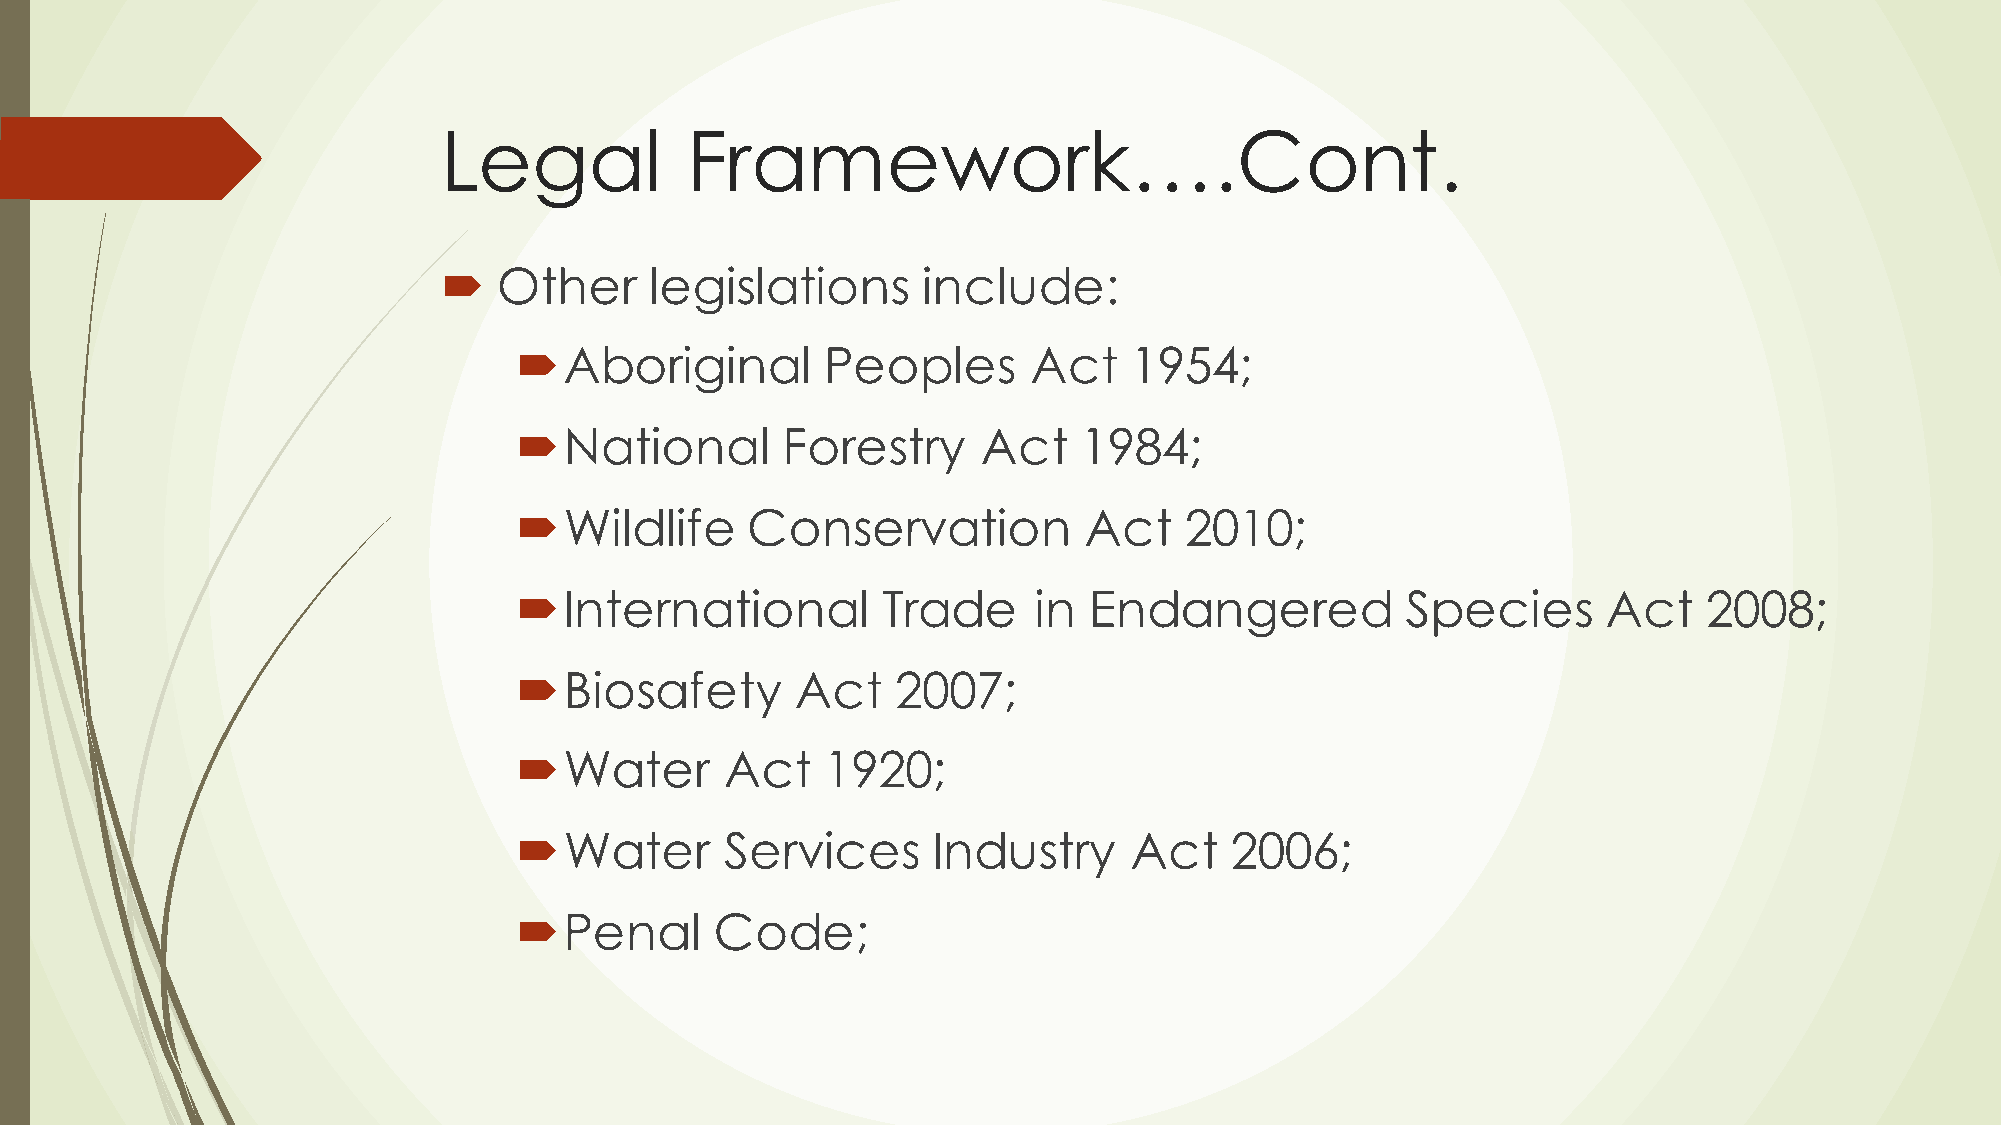
Legal           Framework….Cont.
 ´  Other     legislations      include:
 ´Aboriginal         Peoples      Act    1954;
 ´National        Forestry     Act   1984;
 ´Wildlife     Conservation           Act   2010;
 ´International         Trade     in  Endangered           Species      Act    2008;
 ´Biosafety        Act   2007;
 ´Water       Act    1920;
 ´Water       Services      Industry     Act   2006;
 ´Penal      Code;